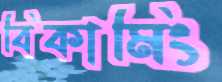
বিকামিং